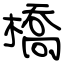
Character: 橋